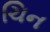
ચિન